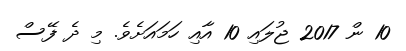
10 ން 2017 ޖުލައި 10 އާއި ހަމައަށެވެ. މި ދެ ފޭސް